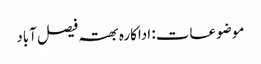
موضوعات: اداکارہ بھتہ فیصل آباد